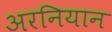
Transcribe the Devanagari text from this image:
अरनियान